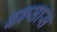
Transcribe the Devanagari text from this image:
बक्सास